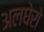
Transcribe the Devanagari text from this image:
अलघेरो